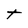
Character: t